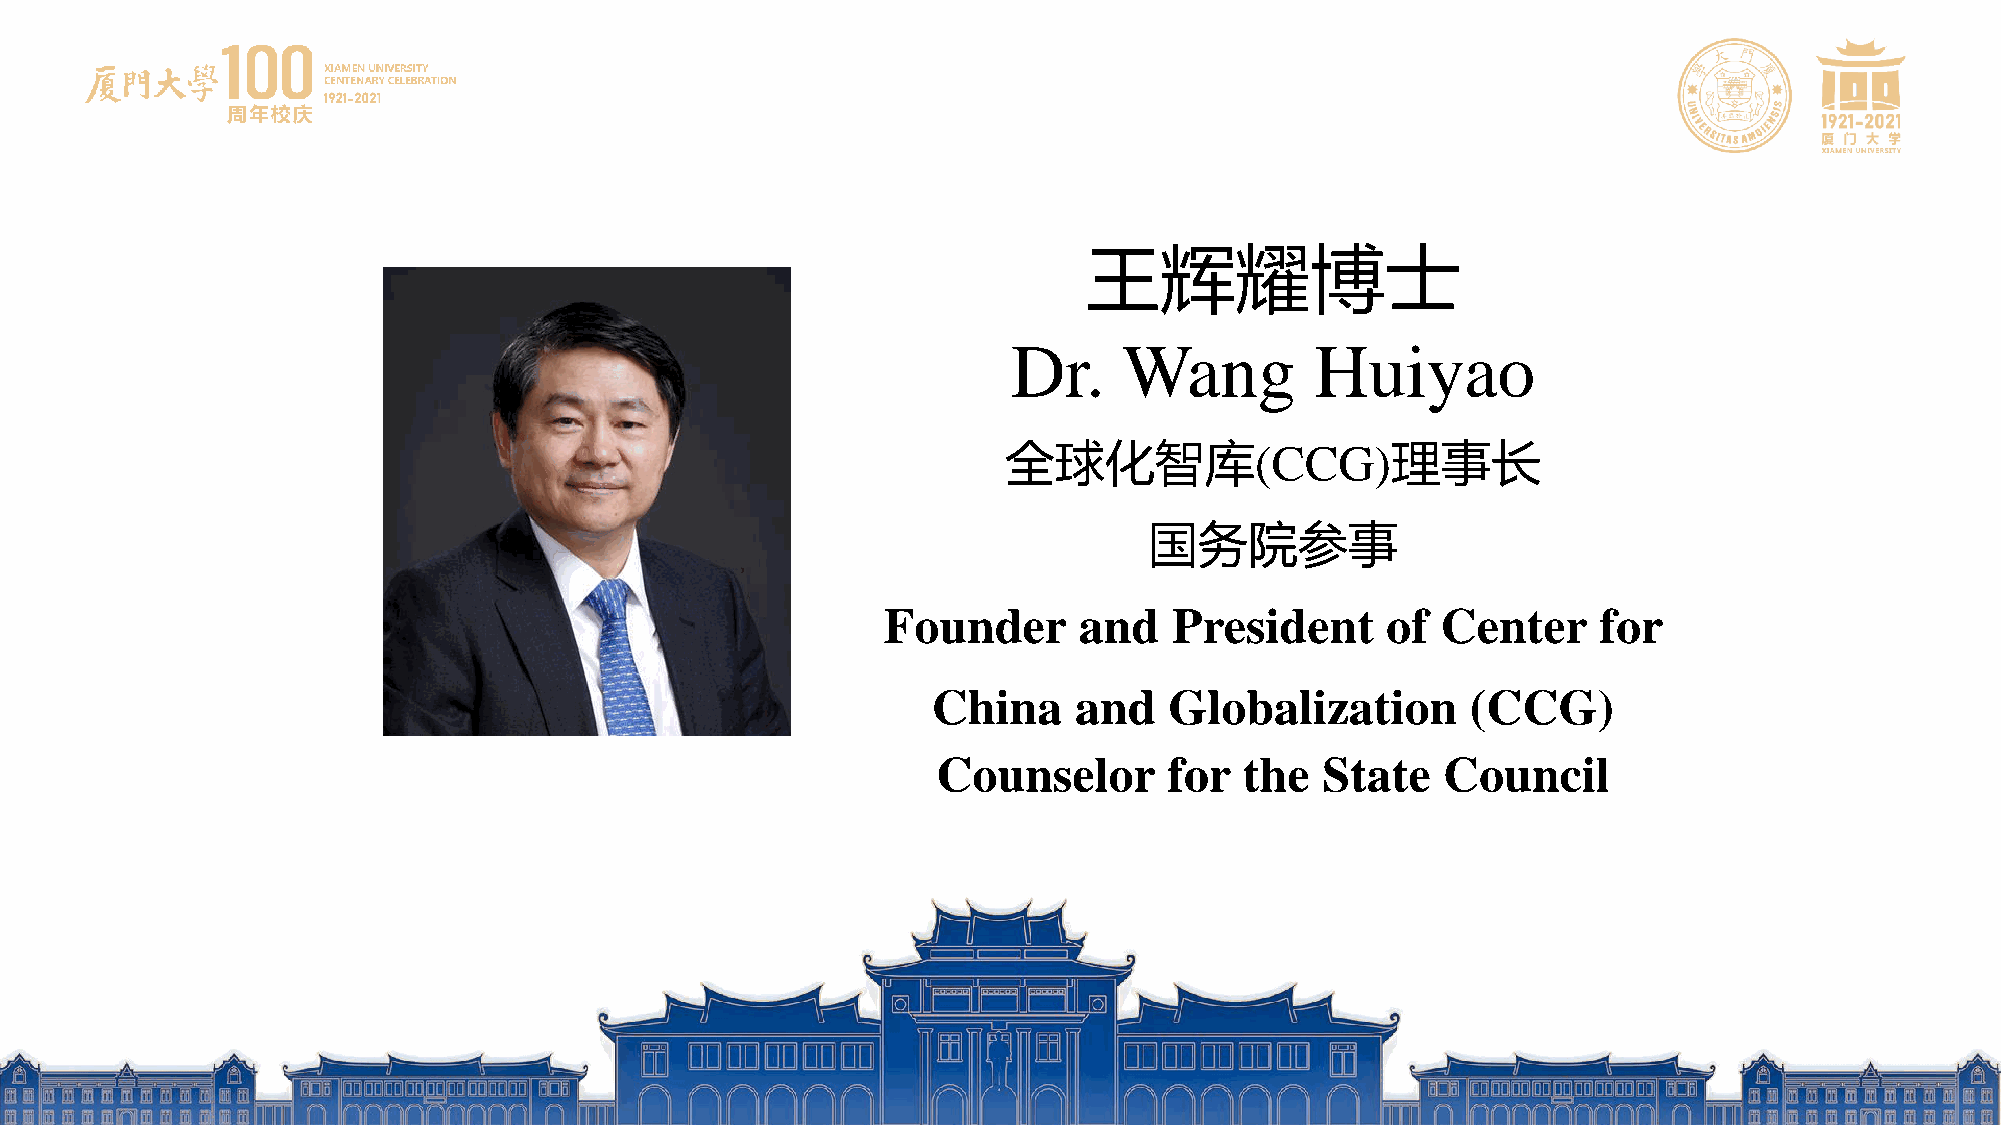
王辉耀博士
 Dr.    Wang         Huiyao
 全球化智库(CCG)理事长
 国务院参事
 Founder      and    President     of Center     for
 China    and   Globalization       (CCG)
 Counselor      for  the  State   Council